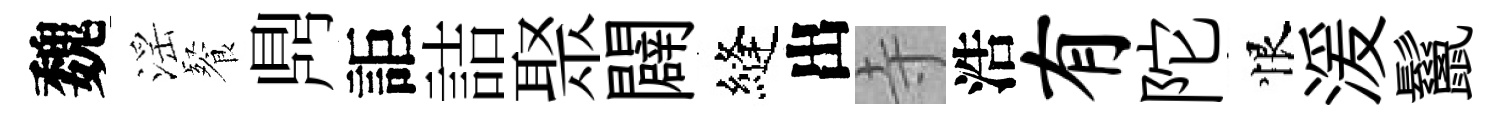
魏滛餐𪔂詎詰聚闢縫出寺浩有陀恨湲鬣